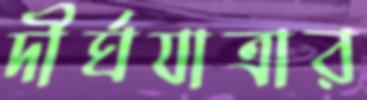
দীর্ঘযাত্রার